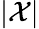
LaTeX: |{\mathcal{X}}|